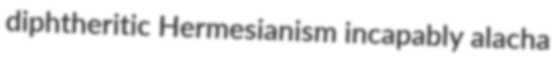
diphtheritic Hermesianism incapably alacha